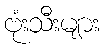
ဗုံးသီးများ